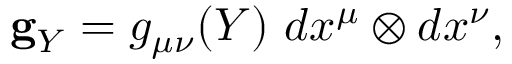
{ } { \bf g } _ { Y } = g _ { \mu \nu } ( Y ) \ d x ^ { \mu } \otimes d x ^ { \nu } ,